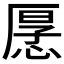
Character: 𭝡